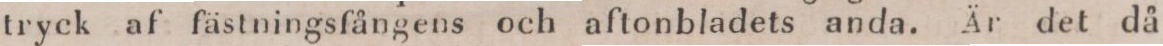
tryck af fästningsfångens och aftonbladets anda. Är det då